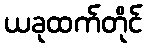
ယခုထက်တိုင်